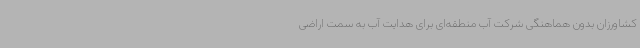
کشاورزان بدون هماهنگی شرکت آب منطقه‌ای برای هدایت آب به سمت اراضی